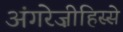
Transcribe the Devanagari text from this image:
अंगरेज़ीहिस्से